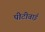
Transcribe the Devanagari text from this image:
पीटीवाई